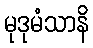
မုဒုမံသာနိ